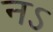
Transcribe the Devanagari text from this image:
नऽ